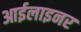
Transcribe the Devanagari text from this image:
आईलाइनर